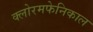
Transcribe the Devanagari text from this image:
क्लोरमफेनिकाल